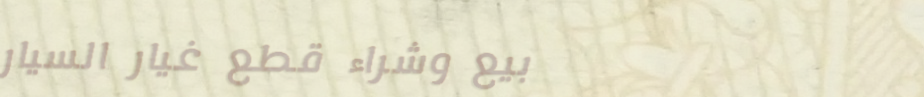
بيع وشراء قطع غيار السيار